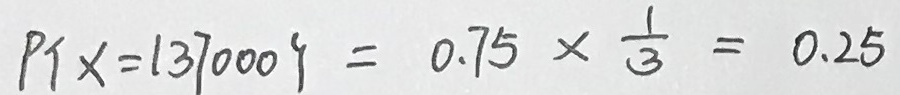
P \{ x = 1 3 7 0 0 0 \} = 0 . 7 5 \times \frac { 1 } { 3 } = 0 . 2 5